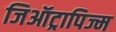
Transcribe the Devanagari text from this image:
जिऑट्रापिज्म